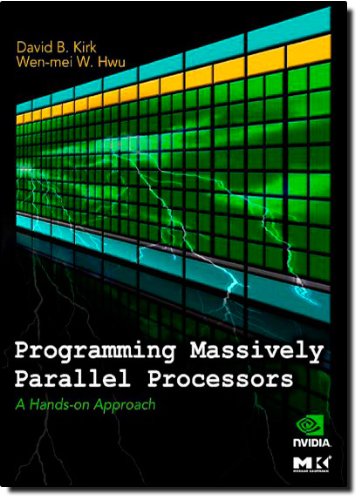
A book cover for Programming Massively Parallel Processors: A Hands-on Approach (Applications of GPU Computing Series); David B. Kirk; Computers & Technology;